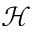
\mathcal { H }